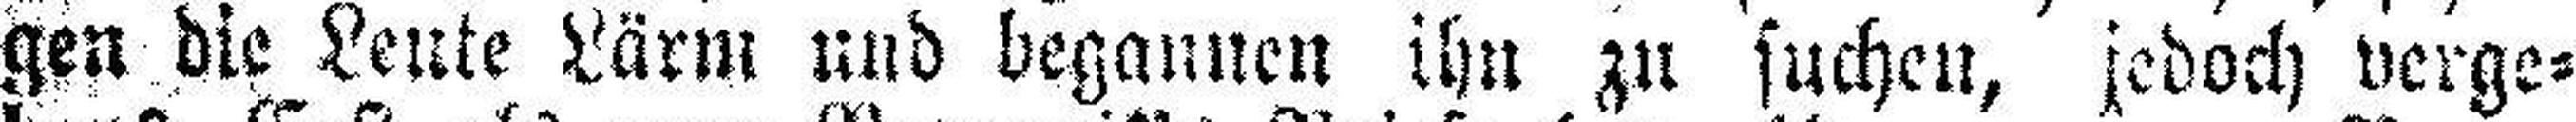
gen die Leute Lärm und begannen ihn zu suchen, jedoch verge¬